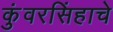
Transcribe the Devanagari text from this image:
कुंवरसिंहाचे